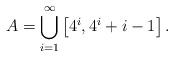
LaTeX: \begin{align*}A = \bigcup_{i=1}^{\infty} \left[ 4^{i}, 4^{i} + i - 1\right].\end{align*}